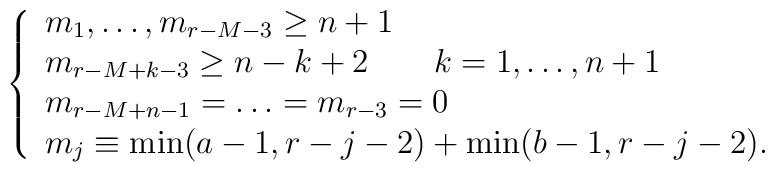
\left\{ \begin{array}{l}m_1,\ldots,m_{r-M-3} \geq n+1 \\m_{r-M+k-3} \geq n-k+2 \qquad k=1,\ldots , n+1 \\m_{r-M+n-1}= \ldots = m_{r-3}=0 \\m_j\equiv \min(a-1,r-j-2)+\min(b-1,r-j-2).\end{array} \right.